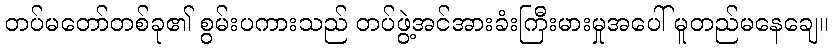
တပ်မတော်တစ်ခု၏ စွမ်းပကားသည် တပ်ဖွဲ့အင်အားခံးကြီးမားမှုအပေါ် မူတည်မနေချေ။